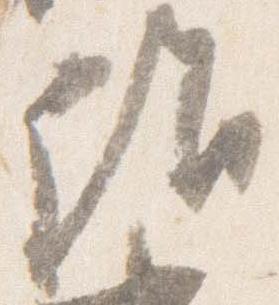
詣